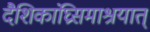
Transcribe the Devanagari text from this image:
दैशिकांघ्रिसमाश्रयात्